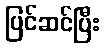
ပြင်ဆင်ပြီး